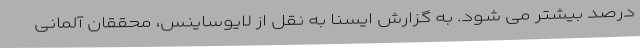
درصد بیشتر می شود. به گزارش ایسنا به نقل از لایوساینس، محققان آلمانی